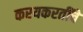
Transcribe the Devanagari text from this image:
करयकरतींचे